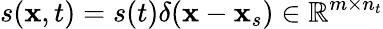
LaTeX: s(\mathbf{x},t)=s(t)\delta(\mathbf{x}-\mathbf{x}_{s})\in\mathbb{R}^{m\times n_{t}}